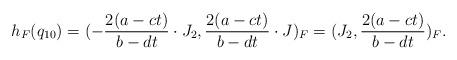
LaTeX: \begin{align*} h_F(q_{10}) = (- \frac{2 (a-ct)}{b-dt} \cdot J_2, \frac{2 (a-ct)}{b-dt} \cdot J)_F = (J_2, \frac{2 (a-ct)}{b-dt})_F.\end{align*}